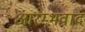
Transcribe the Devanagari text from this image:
आरम्भवाद